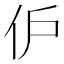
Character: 𬽬